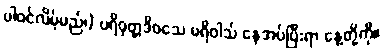
ပါဝင်လိမ့်မည်၊) ပရိဝုတ္တဒိဝသေ ပရိဝါသ် နေအပ်ပြီးရာ နေ့တို့ကို။